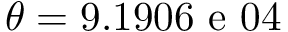
\theta = 9 . 1 9 0 6 \mathrm { ~ e ~ } 0 4